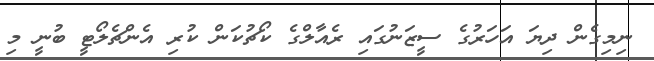
ނިމިގެން ދިޔަ އަހަރުގެ ސީޒަނުގައި ރެއާލްގެ ކޯޗުކަން ކުރި އެންޗެލޯޓީ ބުނީ މި